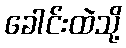
ခေါင်းထဲသို့